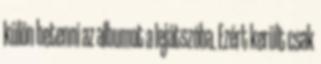
külön betenni az albumot a lejátszóba. Ezért került csak